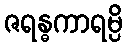
ဇရန္ဓကာရမ္ပိ